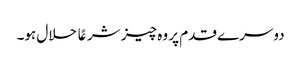
دوسرے قدم پر وہ چیز شرعًا حلال ہو۔